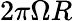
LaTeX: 2\pi\Omega R